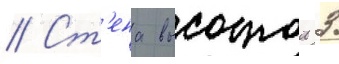
// Ст'ена высотои 3